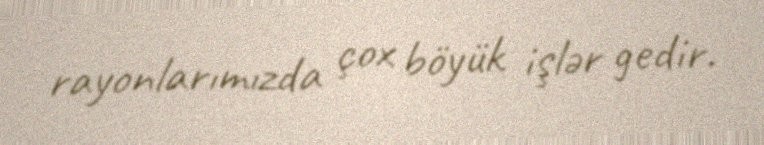
rayonlarımızda çox böyük işlər gedir.